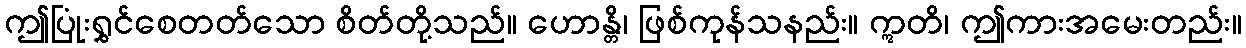
ဤပြုံးရွှင်စေတတ်သော စိတ်တို့သည်။ ဟောန္တိ၊ ဖြစ်ကုန်သနည်း။ ဣတိ၊ ဤကားအမေးတည်း။